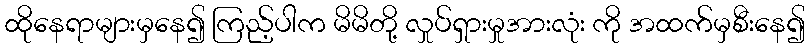
ထိုနေရာများမှနေ၍ ကြည့်ပါက မိမိတို့ လှုပ်ရှားမှုအားလုံး ကို အထက်မှစီးနေ၍